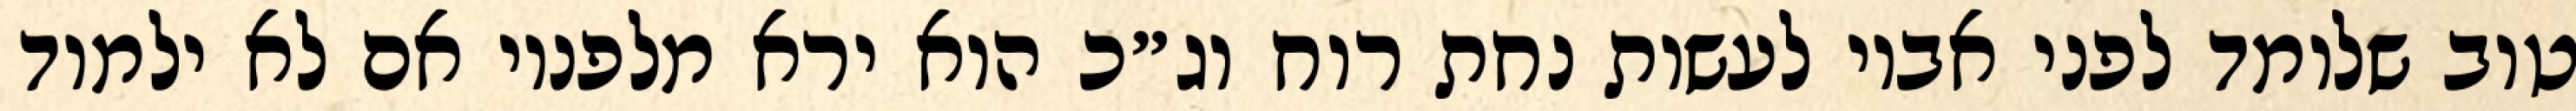
טוב שלומד לפני אביו לעשות נחת רוח וג״כ הוא ירא מלפניו אם לא ילמוד